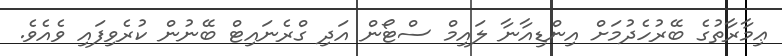
ޢިމާރާތުގެ ބޭރުހެދުމަށް އިންޑިއާނާ ލައިމް ސްޓޯން އަދި ގްރެނައިޓް ބޭނުން ކުރެވިފައި ވެއެވެ.